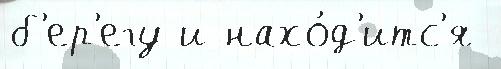
б'ер'егу и нахо́д'итс'я